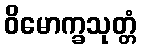
ဝိမောက္ခသုတ္တံ